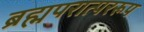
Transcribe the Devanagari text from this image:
ब्रह्मपरात्पररूप